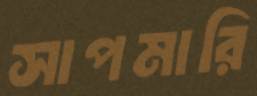
সাপমারি